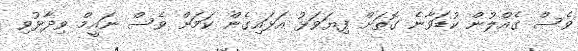
ވެސް ގެއްލުން ކުޑަވާނެ ގޮތަށް ފިޔަވަޅު އަޅައިގެން ކަމަށް ވެސް ނައީމް ވިދާޅުވި